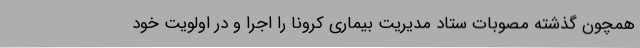
همچون گذشته مصوبات ستاد مدیریت بیماری کرونا را اجرا و در اولویت خود